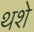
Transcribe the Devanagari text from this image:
थशे